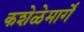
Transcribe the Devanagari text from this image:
कशेळेमार्गे